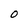
Character: O